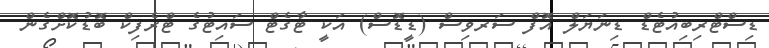
ޑިސްޓްރިބިއުޓެޑް ޑިނަޔަލް އޮފް ސަރވިސް (ޑީޑޮސް) އަކީ ޓާގެޓް ސައިޓުގެ ޓްރެފިކް ބޮޑުކޮށްގެން